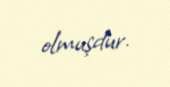
olmuşdur.